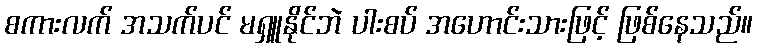
စကားလက် အသက်ပင် မရှူနိုင်ဘဲ ပါးစပ် အဟောင်းသားဖြင့် ဖြစ်နေသည်။